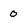
Character: 0